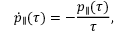
\dot { p } _ { \parallel } ( \tau ) = - { \frac { p _ { \parallel } ( \tau ) } { \tau } } ,